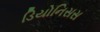
ડિયોનિસસ